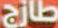
طازج